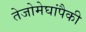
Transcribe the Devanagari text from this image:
तेजोमेघांपैकी